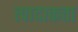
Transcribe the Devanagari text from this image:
त्पादाकता